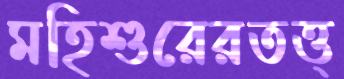
মহিশুরেরতত্ত্